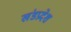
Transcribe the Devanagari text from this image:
खंडप्रदेश